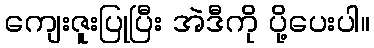
ကျေးဇူးပြုပြီး အဲဒီကို ပို့ပေးပါ။